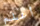
أعلم